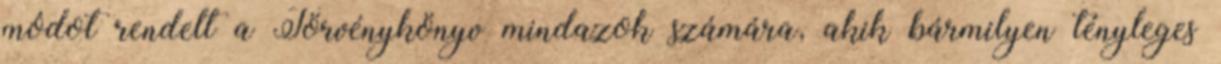
módot rendelt a Törvénykönyv mindazok számára, akik bármilyen tényleges